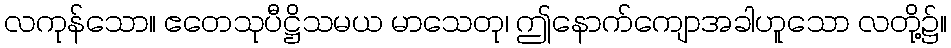
လကုန်သော။ ဧတေသုပီဋ္ဌိသမယ မာသေတု၊ ဤနောက်ကျောအခါဟူသော လတို့၌။